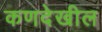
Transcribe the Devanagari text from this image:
कणदेखील